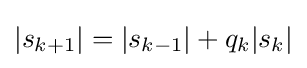
|s_{k+1}|=|s_{k-1}|+q_{k}|s_{k}|